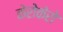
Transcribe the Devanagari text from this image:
केरोकेरो